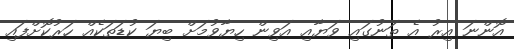
އޮންނަ އިރު އެ ތަނުގައި ވަޔާއި އަވިން ހިޔާވުމަށް ބިޔަ ކުޑަތަކެއް ހަރުކޮށްފައި